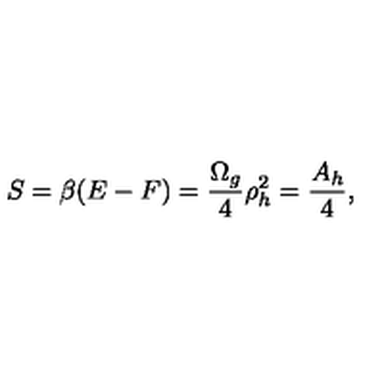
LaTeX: S = \beta ( E - F ) = { \frac { \Omega _ { g } } { 4 } } \rho _ { h } ^ { 2 } = { \frac { A _ { h } } { 4 } } ,